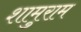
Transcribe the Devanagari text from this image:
शामुराम